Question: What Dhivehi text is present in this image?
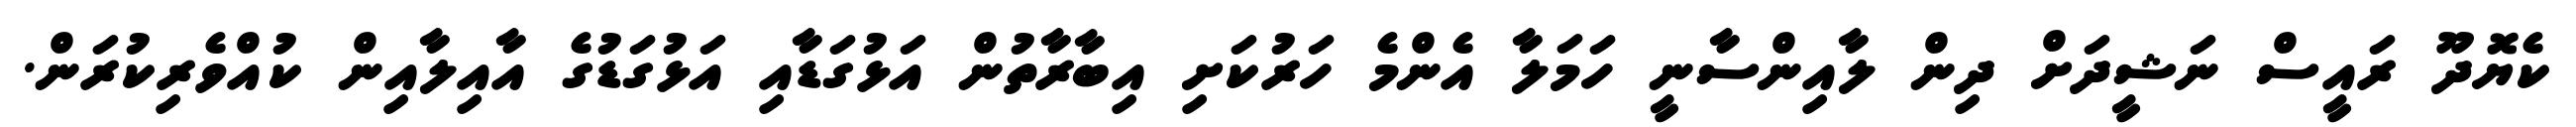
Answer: ކެޔޮދޫ ރައީސް ނަޝީދަށް ދިން ލާއިންސާނީ ހަމަލާ އެންމެ ހަރުކަށި އިބާރާތުން އަޅުގަޑާއި އަޅުގަޑުގެ އާއިލާއިން ކުއްވެރިކުރަން.